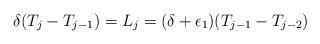
LaTeX: \begin{align*}\delta(T_j-T_{j-1}) = L_{j} = (\delta+\epsilon_1)(T_{j-1} - T_{j-2})\end{align*}